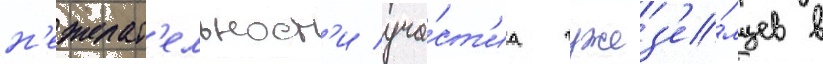
н'ежелат'ельност'и уча́ст'иа чужез'е́мцев в